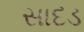
સાદડ